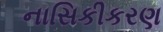
નાસિકીકરણ